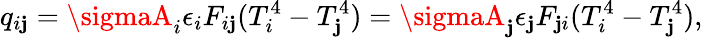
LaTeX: q_{i\mathbf{j}}=\sigmaA_{i}\epsilon_{i}F_{i\mathbf{j}}(T_{i}^{4}-T_{\mathbf{j}}^{4})=\sigmaA_{\mathbf{j}}\epsilon_{\mathbf{j}}F_{\mathbf{j}i}(T_{i}^{4}-T_{\mathbf{j}}^{4}){,}